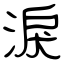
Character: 淚